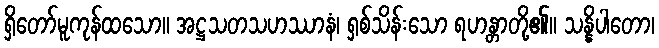
ရှိတော်မူကုန်ထသော။ အဋ္ဌသတသဟဿာနံ၊ ရှစ်သိန်းသော ရဟန္တာတို့၏။ သန္နိပါတော၊